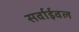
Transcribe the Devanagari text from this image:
सर्वाईवल